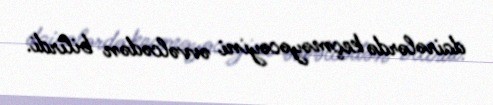
dairələrdə keçməyəcəyini əvvəlcədən bilirdi.